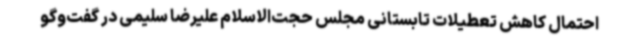
احتمال کاهش تعطیلات تابستانی مجلس حجت‌الاسلام علیرضا سلیمی در گفت‌وگو